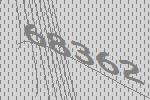
68362